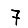
Digit: 7